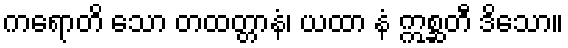
ကရောတိ သော တထတ္တာနံ၊ ယထာ နံ ဣစ္ဆတီ ဒိသော။